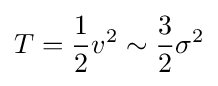
T={\frac {1}{2}}v^{2}\sim {\frac {3}{2}}\sigma ^{2}